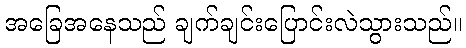
အခြေအနေသည် ချက်ချင်းပြောင်းလဲသွားသည်။